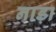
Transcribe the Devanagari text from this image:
नाड़ा